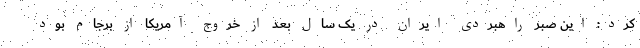
کرد: این صبر راهبردی ایران در یک سال بعد از خروج آمریکا از برجام بود